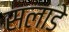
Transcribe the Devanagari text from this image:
सलाडे